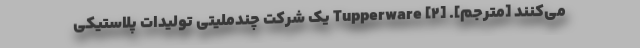
می‌کنند [مترجم]. [۲] Tupperware یک شرکت چندملیتی تولیدات پلاستیکی